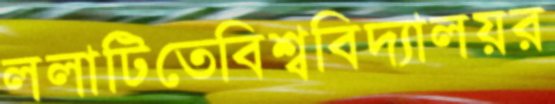
ললাটিতেবিশ্ববিদ্যালয়র